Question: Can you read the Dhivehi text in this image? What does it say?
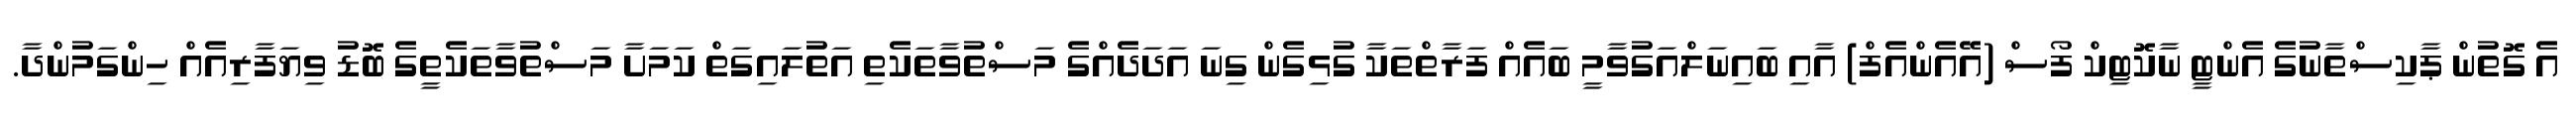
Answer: އެ ގޮތުން ޕާކިސްތާނުގެ އެންޓީ ނާކޮޓިކް ފޯސް (އޭއެންއެފް) އާއި ބައިނަލްއަގުވާމީ ބައެއް ފަރާތްތަކާ ގުޅިގެން ގިނަ އަދަދެއްގެ މަސްތުވާތަކެތި އަތުލައިގަތް ކަމަށާ މަސްތުވާތަކެތީގެ ބޮޑު ވިޔަފާރިއެއް ހިންގަމުންދާ.